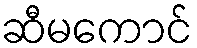
ဆီမကောင်